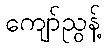
ကျော်ညွန့်